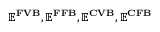
\mathbf { \mathbb { E } ^ { F V B } , \mathbb { E } ^ { F F B } , \mathbb { E } ^ { C V B } , \mathbb { E } ^ { C F B } }